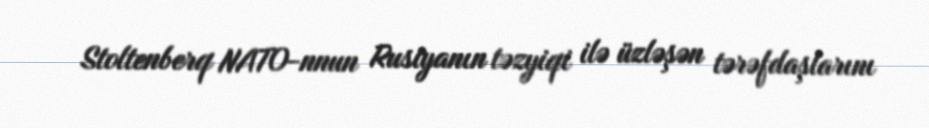
Stoltenberq NATO-nnun Rusiyanın təzyiqi ilə üzləşən tərəfdaşlarını